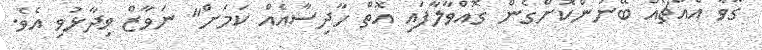
ގޮވާ އެއްޗެއް ބޭނުންކޮށްގެން ގޮއްވާލާފައި އޮތް ހާދިސާއެއް ކަމަށް" ނަވާޒް ވިދާޅުވި އެވެ.